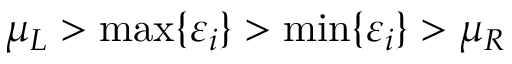
\mu _ { L } > \mathrm { m a x } \{ \varepsilon _ { i } \} > \mathrm { m i n } \{ \varepsilon _ { i } \} > \mu _ { R }